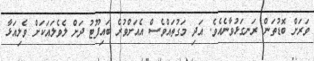
ވަރަށް ބޮޑުތަން ރަނގަޅުވާނެއެވެ. އަދި މަގުތައްވެސް އެއަށްވުރެ ބައިފޫޓު ދަށް ލެވެލައަކަށް ވެލިއަޅާ